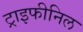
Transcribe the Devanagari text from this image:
ट्राइफीनिल